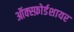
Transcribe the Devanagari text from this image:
ऑक्स्फ़ोर्डशायर